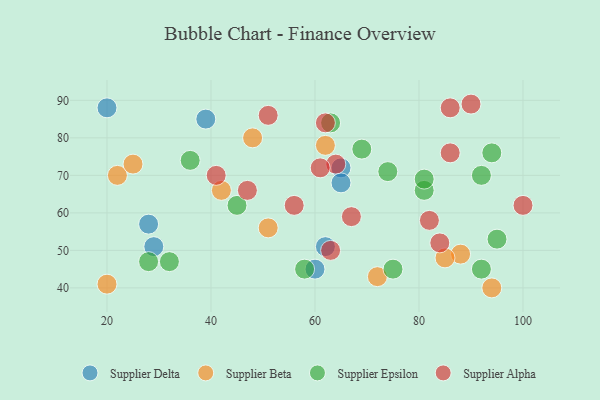
{"axis": {"x": "GDP", "y": "Life Expectancy"}, "legend": ["Supplier Alpha", "Supplier Beta", "Supplier Delta", "Supplier Epsilon"], "data": [{"x": "65", "y": 72, "type": "Supplier Delta"}, {"x": "28", "y": 57, "type": "Supplier Delta"}, {"x": "39", "y": 85, "type": "Supplier Delta"}, {"x": "29", "y": 51, "type": "Supplier Delta"}, {"x": "60", "y": 45, "type": "Supplier Delta"}, {"x": "20", "y": 88, "type": "Supplier Delta"}, {"x": "65", "y": 68, "type": "Supplier Delta"}, {"x": "62", "y": 51, "type": "Supplier Delta"}, {"x": "88", "y": 49, "type": "Supplier Beta"}, {"x": "48", "y": 80, "type": "Supplier Beta"}, {"x": "22", "y": 70, "type": "Supplier Beta"}, {"x": "20", "y": 41, "type": "Supplier Beta"}, {"x": "51", "y": 56, "type": "Supplier Beta"}, {"x": "25", "y": 73, "type": "Supplier Beta"}, {"x": "85", "y": 48, "type": "Supplier Beta"}, {"x": "72", "y": 43, "type": "Supplier Beta"}, {"x": "62", "y": 78, "type": "Supplier Beta"}, {"x": "42", "y": 66, "type": "Supplier Beta"}, {"x": "94", "y": 40, "type": "Supplier Beta"}, {"x": "36", "y": 74, "type": "Supplier Epsilon"}, {"x": "58", "y": 45, "type": "Supplier Epsilon"}, {"x": "45", "y": 62, "type": "Supplier Epsilon"}, {"x": "92", "y": 45, "type": "Supplier Epsilon"}, {"x": "81", "y": 66, "type": "Supplier Epsilon"}, {"x": "69", "y": 77, "type": "Supplier Epsilon"}, {"x": "32", "y": 47, "type": "Supplier Epsilon"}, {"x": "81", "y": 69, "type": "Supplier Epsilon"}, {"x": "63", "y": 84, "type": "Supplier Epsilon"}, {"x": "95", "y": 53, "type": "Supplier Epsilon"}, {"x": "94", "y": 76, "type": "Supplier Epsilon"}, {"x": "74", "y": 71, "type": "Supplier Epsilon"}, {"x": "92", "y": 70, "type": "Supplier Epsilon"}, {"x": "75", "y": 45, "type": "Supplier Epsilon"}, {"x": "28", "y": 47, "type": "Supplier Epsilon"}, {"x": "86", "y": 88, "type": "Supplier Alpha"}, {"x": "63", "y": 50, "type": "Supplier Alpha"}, {"x": "64", "y": 73, "type": "Supplier Alpha"}, {"x": "67", "y": 59, "type": "Supplier Alpha"}, {"x": "90", "y": 89, "type": "Supplier Alpha"}, {"x": "62", "y": 84, "type": "Supplier Alpha"}, {"x": "86", "y": 76, "type": "Supplier Alpha"}, {"x": "56", "y": 62, "type": "Supplier Alpha"}, {"x": "51", "y": 86, "type": "Supplier Alpha"}, {"x": "61", "y": 72, "type": "Supplier Alpha"}, {"x": "41", "y": 70, "type": "Supplier Alpha"}, {"x": "100", "y": 62, "type": "Supplier Alpha"}, {"x": "84", "y": 52, "type": "Supplier Alpha"}, {"x": "47", "y": 66, "type": "Supplier Alpha"}, {"x": "82", "y": 58, "type": "Supplier Alpha"}]}